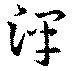
沢